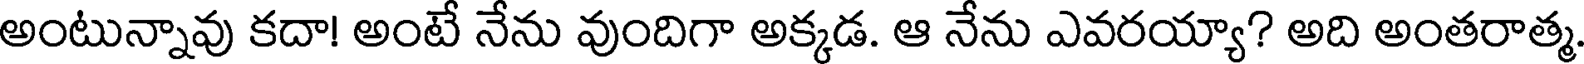
అంటున్నావు కదా! అంటే నేను వుందిగా అక్కడ. ఆ నేను ఎవరయ్యా? అది అంతరాత్మ